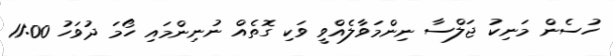
ހުސެން މަނިކު ޖަލްސާ ނިންމަވާލެއްވީ ވަކި ގޮތެއް ނުނިންމައި ހޯމަ ދުވަހު 11:00